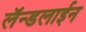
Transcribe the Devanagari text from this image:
लॅन्डलाईन